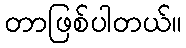
တာဖြစ်ပါတယ်။